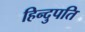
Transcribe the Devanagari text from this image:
हिन्दुपति